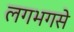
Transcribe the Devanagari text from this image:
लगभगसे